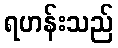
ရဟန်းသည်